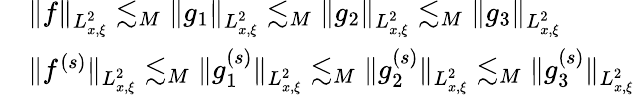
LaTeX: \begin{array}{rl}&{\| f\| _{L_{x,\xi}^{2}}\lesssim_{M}\| g_{1}\| _{L_{x,\xi}^{2}}\lesssim_{M}\| g_{2}\| _{L_{x,\xi}^{2}}\lesssim_{M}\| g_{3}\| _{L_{x,\xi}^{2}}}\\ &{\| f^{(s)}\| _{L_{x,\xi}^{2}}\lesssim_{M}\| g_{1}^{(s)}\| _{L_{x,\xi}^{2}}\lesssim_{M}\| g_{2}^{(s)}\| _{L_{x,\xi}^{2}}\lesssim_{M}\| g_{3}^{(s)}\| _{L_{x,\xi}^{2}}}\end{array}